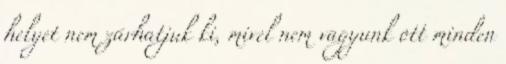
helyet nem zárhatjuk ki, mivel nem vagyunk ott minden